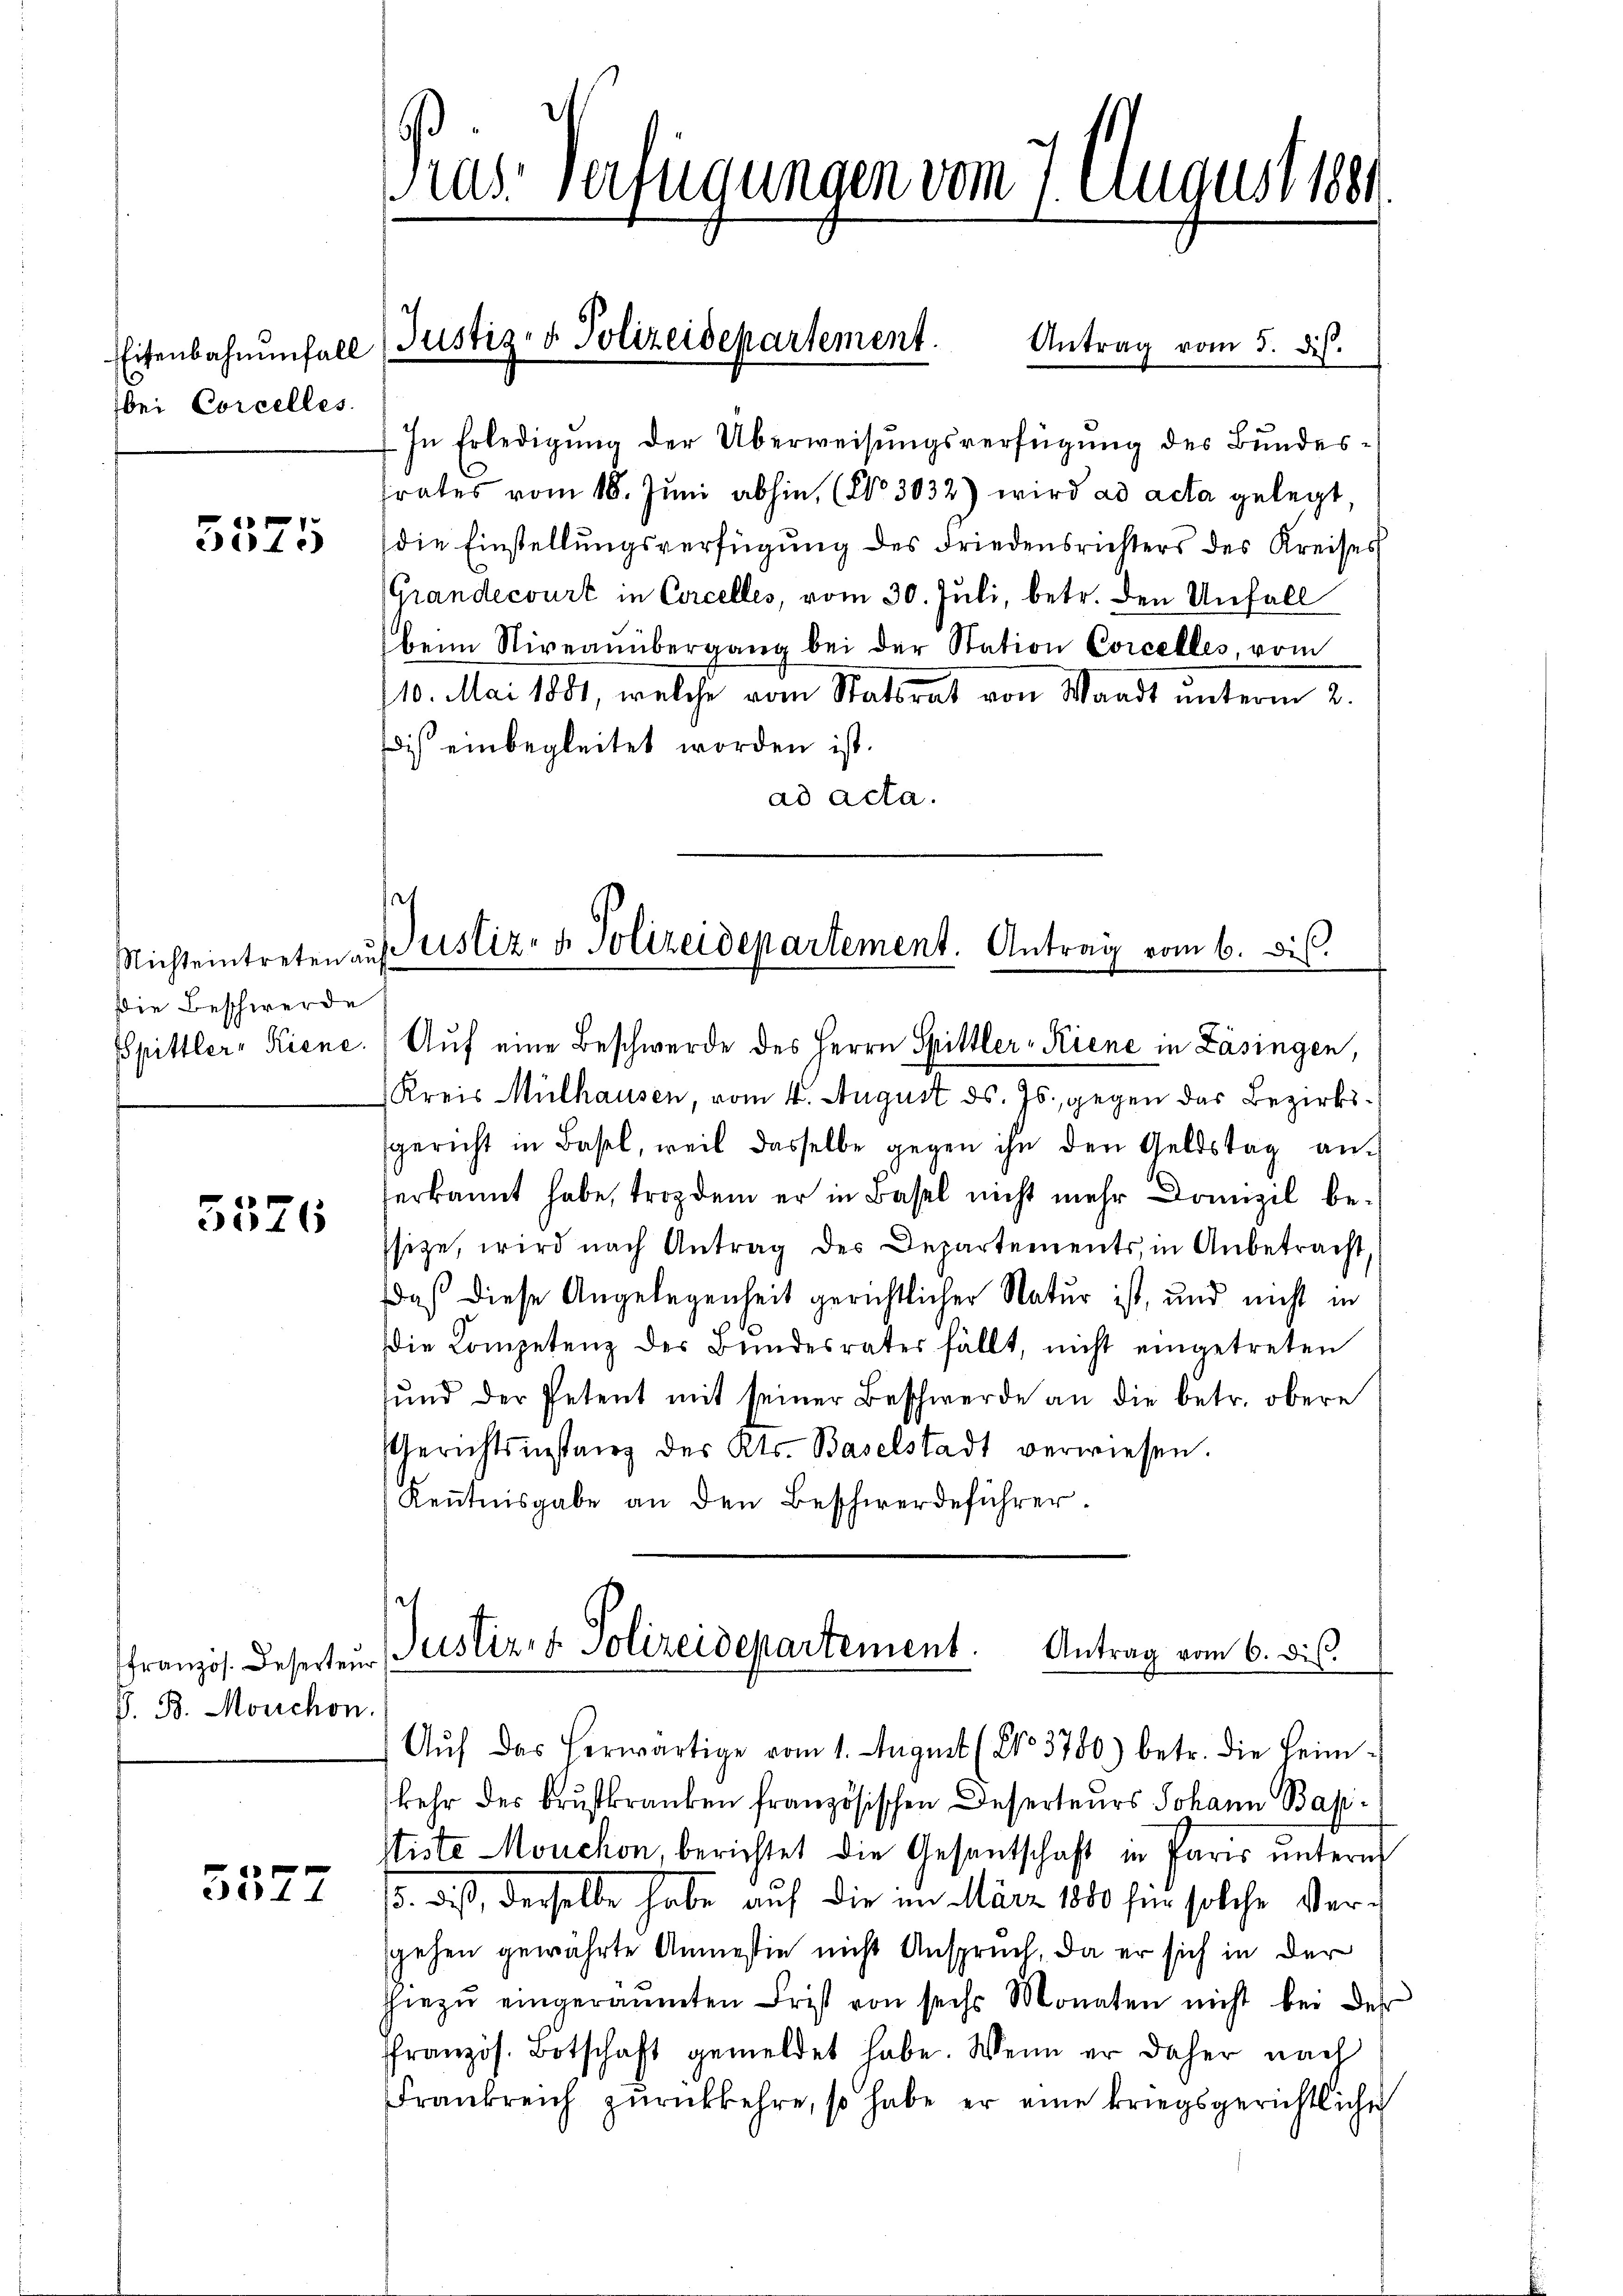
Eisenbahnenfall
bei Corcelles.

5525

Nichteintreten auf
die Beschwerde

3526

ffranzös. Deserteur
J. B. Mouchon.

e
44

rus. Verfügungen vom 7. August 1881

Kreis Mülhausen, vom 4. August ds. Js. gegen das Bezirkssgericht in Basel, weil dasselbe gegen ihn den Geldstag an.
terkannt habe, trop dem er in Basel nicht mehr Domizil bessize, wird nach Antrag des Departements, in Anbetracht,
daß diese Angelegenheit gerichtlicher Natur ist, und nicht in
Die Competenz der Bŭndesrates fällt, nicht eingetreten
sŭnd der Petent mit seiner Beschwerde an die betr. obere
Gerichtsinstanz des Kts. Baselstadt verwiesen.
Kenntnisgabe an den Beschwerdeführer
Justiz- & Polizeidepartement. Antrag vom 6. dis

In Erledigung der Überweisungsverfügung des Bundesfrates vom 18. Juni abhin (No 3032) wird ad acta gelegt,
die Einstellungsverfügung des Friedensrichters des Kreises
Grandecourt in Corcelles, vom 30. Juli, betr. den Unfall
beim Niveaŭübergang bei der Station Concelles, vom
10. Mai 1881, welche vom Statsrat von Waadt unterm 2.
dis einbegleitet worden ist.
ad acta.

Justiz- & Polizeidepartement. Antrag vom 5. ds.

s
Justiz- & Polizeidenartement. Antrag vom 6. ds.
u
Spittler-Kiene. Aŭf eine Beschwerde des Herrn Spittler-Kiene in Läsingen,

Aŭf das herwärtige vom 1. August (2103780) betr. die Heimkehr des Brutkranken französischen Deserteurs Johann Bap¬
Stiste Mouchon, berichtet die Gesantschaft in Paris unterm
13. daß, derselbe habe auf die im März 1850 für solche Vergehen gewährte Anmessin nicht Anspruch, da er sich in der
hiezŭ eingeräŭmten Frist von sechs Monaten nicht bei der
ffranzös. Botschaft gemeldet habe. Wenn er daher nach
Frankreich zŭrückkehre, so habe er eine kriegsgerichtliche